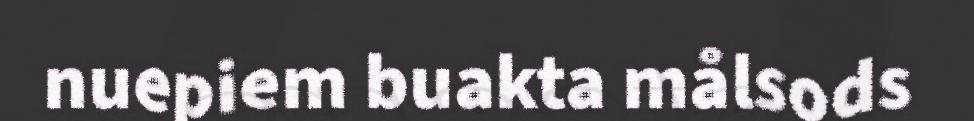
nuepiem buakta målsods